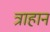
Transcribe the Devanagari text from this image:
त्राहान